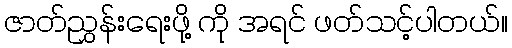
ဇာတ်ညွှန်းရေးဖို့ ကို အရင် ဖတ်သင့်ပါတယ်။